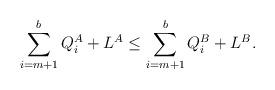
LaTeX: \begin{align*}\sum_{i=m+1}^b Q_i^{A}+L^{A}\leq\sum_{i=m+1}^b Q_i^{B}+L^{B}.\end{align*}